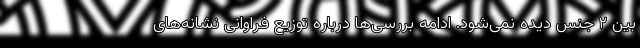
بین ۲ جنس دیده نمی‌شود. ادامه بررسی‌ها درباره توزیع فراوانی نشانه‌های